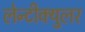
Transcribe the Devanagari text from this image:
लेन्टीक्युलर